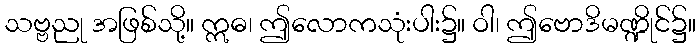
သဗ္ဗညု အဖြစ်သို့။ ဣဓ၊ ဤလောကသုံးပါး၌။ ဝါ၊ ဤဗောဒိမဏ္ဍိုင်၌။